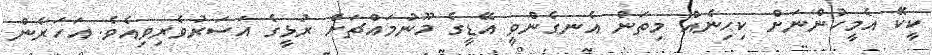
ކީކޭ އެމީހުންނަށް ކިހިނެއް މިތަން އެނގެންވީ އޭޑީގެ މޫނުމައްޗަށް ރުޅީގެ އަސަރުވެރިވިއެވެ. އަހަރެން